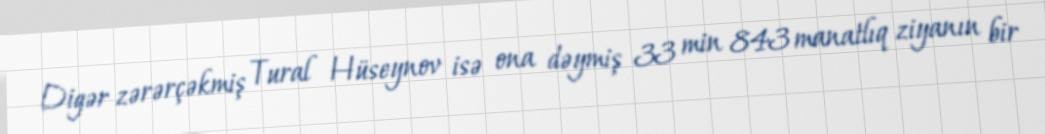
Digər zərərçəkmiş Tural Hüseynov isə ona dəymiş 33 min 843 manatlıq ziyanın bir